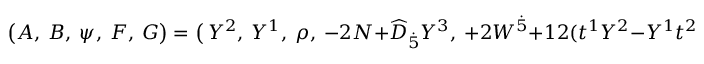
\big ( A , ~ B , ~ \psi , ~ F , ~ G \big ) = \big ( ~ Y ^ { 2 } , ~ Y ^ { 1 } , ~ \rho , ~ - 2 N + \widehat { \cal D } _ { \dot { 5 } } Y ^ { 3 } , ~ + 2 W ^ { \dot { 5 } } + 1 2 ( t ^ { 1 } Y ^ { 2 } - Y ^ { 1 } t ^ { 2 } ) \big ) ,